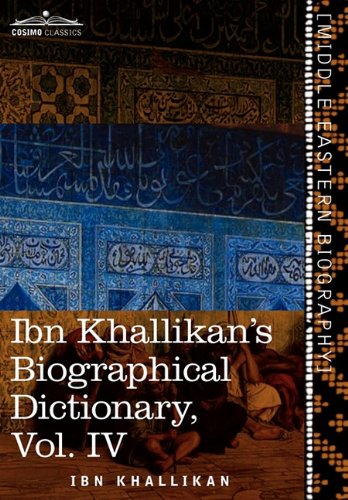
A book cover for Ibn Khallikan's Biographical Dictionary, Vol. IV (in 4 Volumes); Ibn Khallikan; Literature & Fiction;